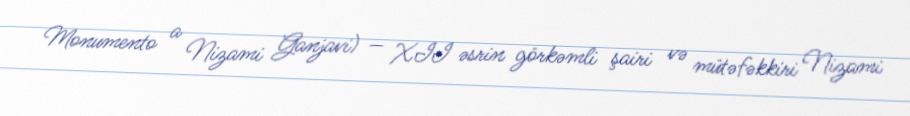
Monumento a Nizami Ganjavi) — XII əsrin görkəmli şairi və mütəfəkkiri Nizami